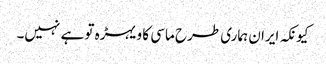
کیونکہ ایران ہماری طرح ماسی کا ویہڑہ تو ہے نہیں۔